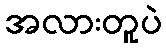
အလားတူပဲ